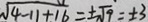
\sqrt { 4 - 1 1 + 1 6 } = \pm \sqrt { 9 } = \pm 3